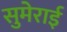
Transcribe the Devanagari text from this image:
सुमेराई